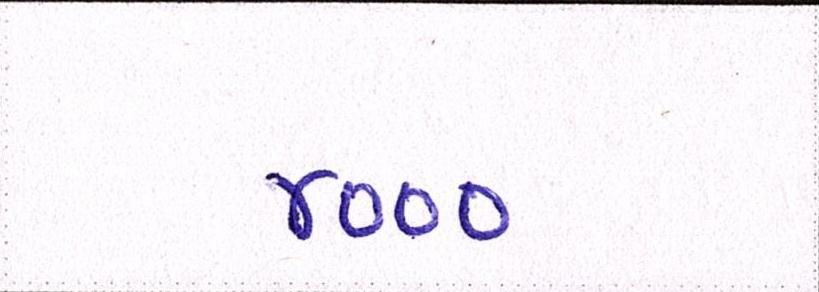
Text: ૪૦૦૦